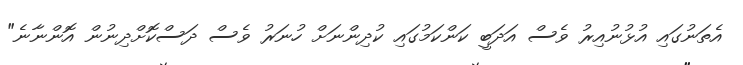
އެތަނުގައި އުޅުނުއިރު ވެސް އަދަބީ ކަންކަމުގައި ކުދިންނަށް ހުނަރު ވެސް ދަސްކޮށްދިނުން އޮންނާނެ"